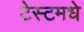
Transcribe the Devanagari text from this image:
टेस्टमधे